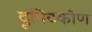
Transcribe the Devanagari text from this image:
दृषिटकोण